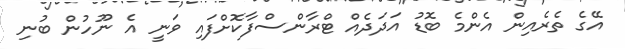
އޭގެ ތެރެއިން އެންމެ ބޮޑު އަދަދެއް ޓްރާންސްފާކޮށްފައި ވަނީ އެ ނޫހުން ބުނި